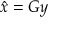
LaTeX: { \hat { x } } = G y